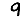
Digit: 9